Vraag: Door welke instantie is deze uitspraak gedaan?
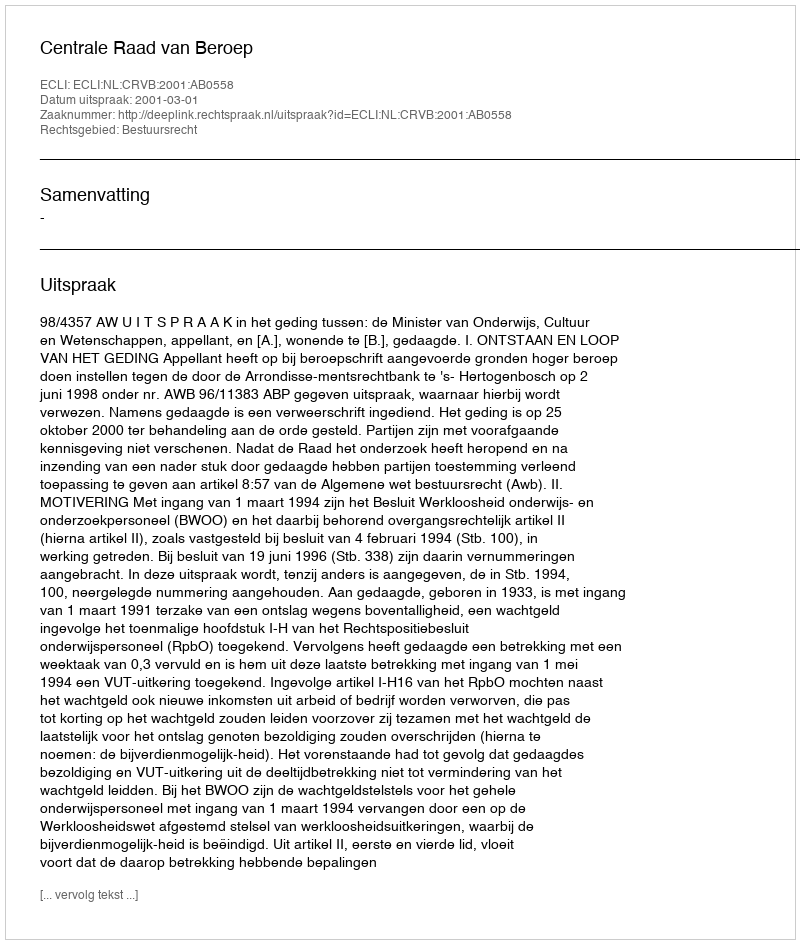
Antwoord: Centrale Raad van Beroep